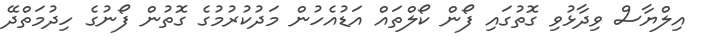
އިލްޔާސް ވިދާޅުވި ގޮތުގައި ފޯން ކޯލްތައް އަޑުއެހުން މަދުކުރުމުގެ ގޮތުން ފޯނުގެ ހިދުމަތްދޭ